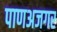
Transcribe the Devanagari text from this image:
पाणअजगर